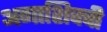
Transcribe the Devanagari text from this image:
अगाशिवची